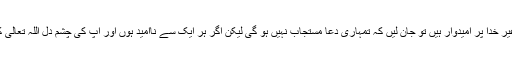
تو اپنے دل کا جائزہ لیجئے اگر آپ یہ دیکھیں کہ اپنے گوشہ دل میں غیر خدا پر امیدوار ہیں تو جان لیں کہ تمہاری دعا مستجاب نہیں ہو گی لیکن اگر ہر ایک سے ناامید ہوں اور آپ کی چشم دل اللہ تعالیٰ کی طرف دیکھ رہی ہو تو جان لیجئے کہ آپ کی دعا قبول ہو چکی ہے۔